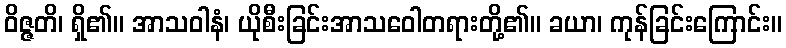
ဝိဇ္ဇတိ၊ ရှိ၏။ အာသဝါနံ၊ ယိုစီးခြင်းအာသဝေါတရားတို့၏။ ခယာ၊ ကုန်ခြင်းကြောင်း။